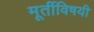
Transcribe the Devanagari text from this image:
मूर्तीविषयी